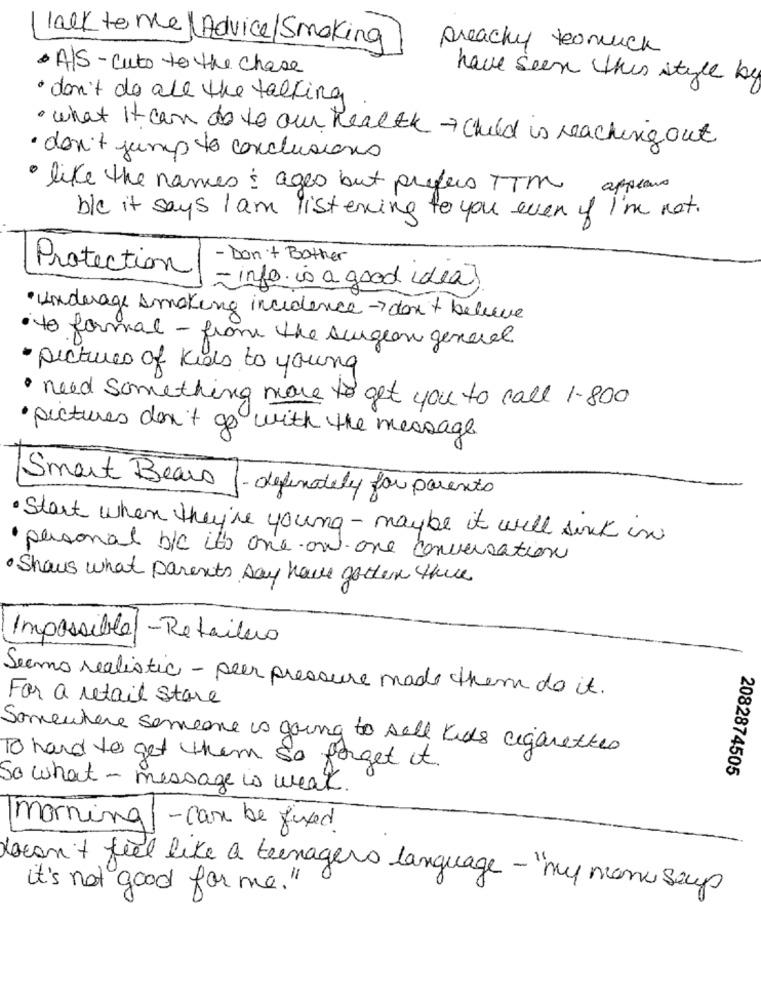
lack to me |Advice/ Smoking
preachy teomuch
· A/S- Cut to the chase
have seen this style by
· don't de all the talking
· what it can do to our health child in reaching out
· don't jump to conclusions
· like the names: ages but prefers TTM appears
ble it says I am listening to you even if I'm not.
- Don't Bother
Protection
- info is a good idea?
·Underage smoking incidence->don't believe
· to formal - from the surgeon general
· pictures of kids to young
· need something more to get you to call 1-800
· pictures don't go with the message
Smart Bears
- definitely for parents
· Start when they're young - maybe it will sonk in
· personal b/c it's one and one conversation
· Shows what parents Day have gotten there
Impossible-Retailers
Seems realistic - peer pressure made them do it.
For a retail store
Somewhere someone is going to sell kids cigarettes
To hard to get them so forget it
2082874505
So what - message is weak.
morning/ -came be fixed
Jacan't feel like a teenagers language -"my manu seus
it's not good for me."